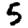
Digit: 5